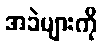
အခဲများကို